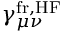
\gamma _ { \mu \nu } ^ { \mathrm { f r , H F } }